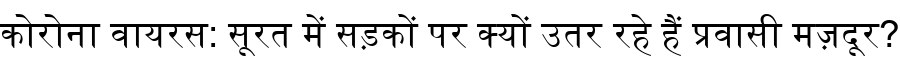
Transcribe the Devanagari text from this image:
कोरोना वायरस: सूरत में सड़कों पर क्यों उतर रहे हैं प्रवासी मज़दूर?